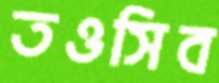
তওসিব